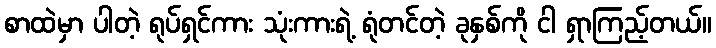
စာထဲမှာ ပါတဲ့ ရုပ်ရှင်ကား သုံးကားရဲ့ ရုံတင်တဲ့ ခုနှစ်ကို ငါ ရှာကြည့်တယ်။